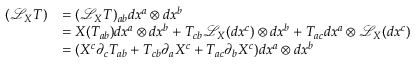
{ \begin{array} { r l } { ( { \mathcal { L } } _ { X } T ) } & { = ( { \mathcal { L } } _ { X } T ) _ { a b } d x ^ { a } \otimes d x ^ { b } } \\ & { = X ( T _ { a b } ) d x ^ { a } \otimes d x ^ { b } + T _ { c b } { \mathcal { L } } _ { X } ( d x ^ { c } ) \otimes d x ^ { b } + T _ { a c } d x ^ { a } \otimes { \mathcal { L } } _ { X } ( d x ^ { c } ) } \\ & { = ( X ^ { c } \partial _ { c } T _ { a b } + T _ { c b } \partial _ { a } X ^ { c } + T _ { a c } \partial _ { b } X ^ { c } ) d x ^ { a } \otimes d x ^ { b } } \end{array} }